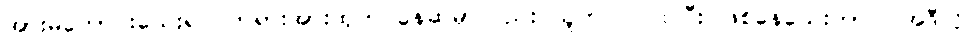
အားမကောင်းသေးရင် တရားအားထုတ် နေဆဲမှာလည်း သူက ဝင်ဝင်ပြီး ဖြစ်နေသေးတာပဲ၊ အဲဒီလို